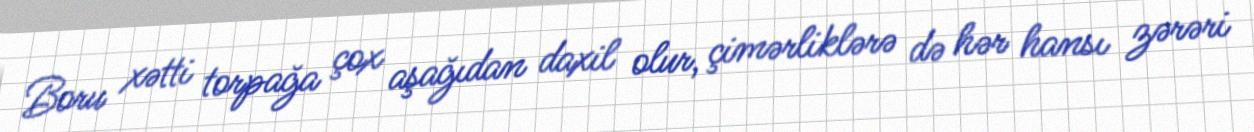
Boru xətti torpağa çox aşağıdan daxil olur, çimərliklərə də hər hansı zərəri